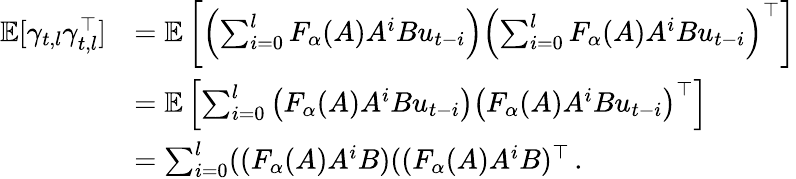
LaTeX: \begin{array}{rl}{\mathbb{E}[\gamma_{t,l}\gamma_{t,l}^{\top}]}&{=\mathbb{E}\left[\left(\sum_{i=0}^{l}F_{\alpha}(A)A^{i}Bu_{t-i}\right)\left(\sum_{i=0}^{l}F_{\alpha}(A)A^{i}Bu_{t-i}\right)^{\top}\right]}\\ &{=\mathbb{E}\left[\sum_{i=0}^{l}\left(F_{\alpha}(A)A^{i}Bu_{t-i}\right)\left(F_{\alpha}(A)A^{i}Bu_{t-i}\right)^{\top}\right]}\\ &{=\sum_{i=0}^{l}((F_{\alpha}(A)A^{i}B)((F_{\alpha}(A)A^{i}B)^{\top}\, .}\end{array}